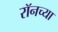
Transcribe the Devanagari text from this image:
रॉनच्या